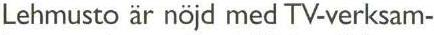
Lehmusto är nöjd med TV-verksam-